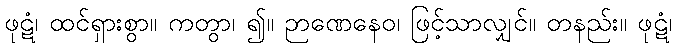
ဖုဋံ၊ ထင်ရှားစွာ။ ကတွာ၊ ၍။ ဉာဏေနေဝ၊ ဖြင့်သာလျှင်။ တနည်း။ ဖုဋံ၊